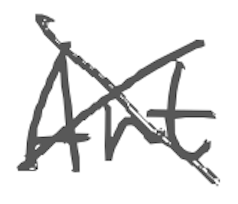
Text: Art
Cross-out: cross
Writing tool: digital_gray